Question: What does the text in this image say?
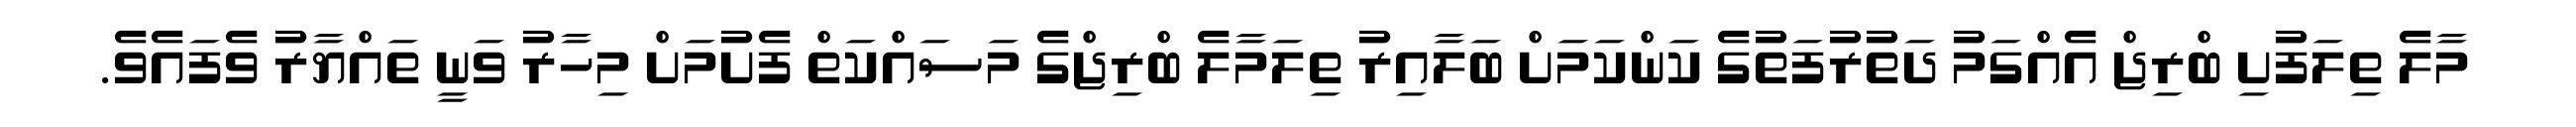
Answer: މާލެ ތިލަފުށި ބްރިޖް އެއްގަމު ދަތުރުފަތުގެ ކަންކަމަށް ބަލާއިރު ތިލަމާލެ ބްރިޖްގެ މަސައްކަތް ފެށުމަށް މިހާރު ވަނީ ތައްޔާރު ވެފައެވެ.